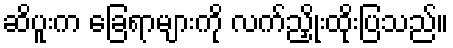
ဆိပူးက ခြေရာများကို လက်ညှိုးထိုးပြသည်။